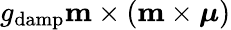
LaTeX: g_{\mathrm{damp}}\mathbf{m}\times\left(\mathbf{m}\times\boldsymbol{\mu}\right)